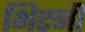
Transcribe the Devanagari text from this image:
भिटनी